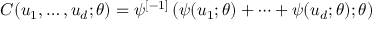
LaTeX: C ( u _ { 1 } , \dots , u _ { d } ; \theta ) = \psi ^ { [ - 1 ] } \left( \psi ( u _ { 1 } ; \theta ) + \cdots + \psi ( u _ { d } ; \theta ) ; \theta \right)